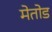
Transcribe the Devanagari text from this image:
मेतोड